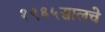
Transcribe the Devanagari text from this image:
१९६५सालचे